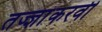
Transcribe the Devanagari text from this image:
तज्ज्ञांकरवी